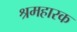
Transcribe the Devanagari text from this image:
श्रमहारक